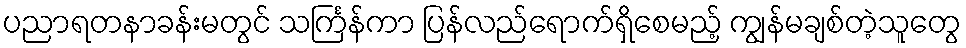
ပညာရတနာခန်းမတွင် သင်္ကြန်ကာ ပြန်လည်ရောက်ရှိစေမည့် ကျွန်မချစ်တဲ့သူတွေ